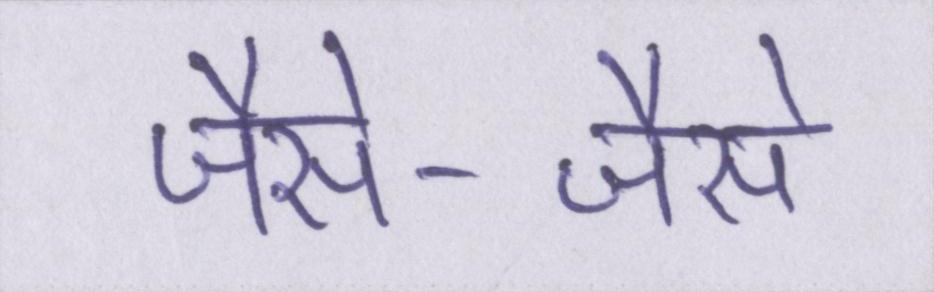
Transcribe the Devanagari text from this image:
जैसे-जैसे